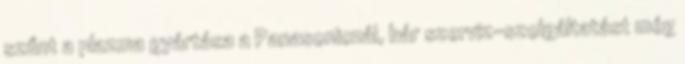
szűnt a plazma gyártása a Panasonicnál, bár szerviz-szolgáltatást még